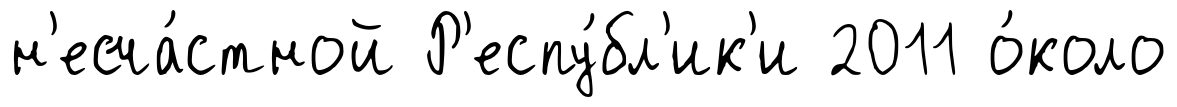
н'есча́стной Р'еспу́бл'ик'и 2011 о́коло